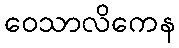
ဝေသာလိကေန